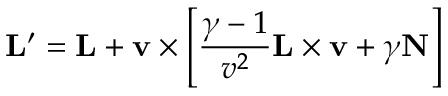
\mathbf { L } ^ { \prime } = \mathbf { L } + \mathbf { v } \times \left[ { \frac { \gamma - 1 } { v ^ { 2 } } } \mathbf { L } \times \mathbf { v } + \gamma \mathbf { N } \right]